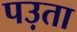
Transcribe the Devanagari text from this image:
पउ़ता